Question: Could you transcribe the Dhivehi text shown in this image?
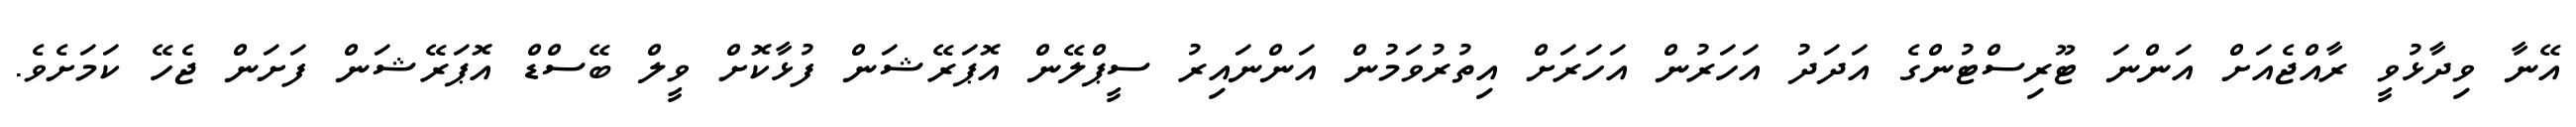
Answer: އޭނާ ވިދާޅުވީ ރާއްޖެއަށް އަންނަ ޓޫރިސްޓުންގެ އަދަދު އަހަރުން އަހަރަށް އިތުރުވަމުން އަންނައިރު ސީޕްލޭން އޮޕަރޭޝަން ފުޅާކޮށް ވީލް ބޭސްޑް އޮޕަރޭޝަން ފަށަން ޖެހޭ ކަމަށެވެ.